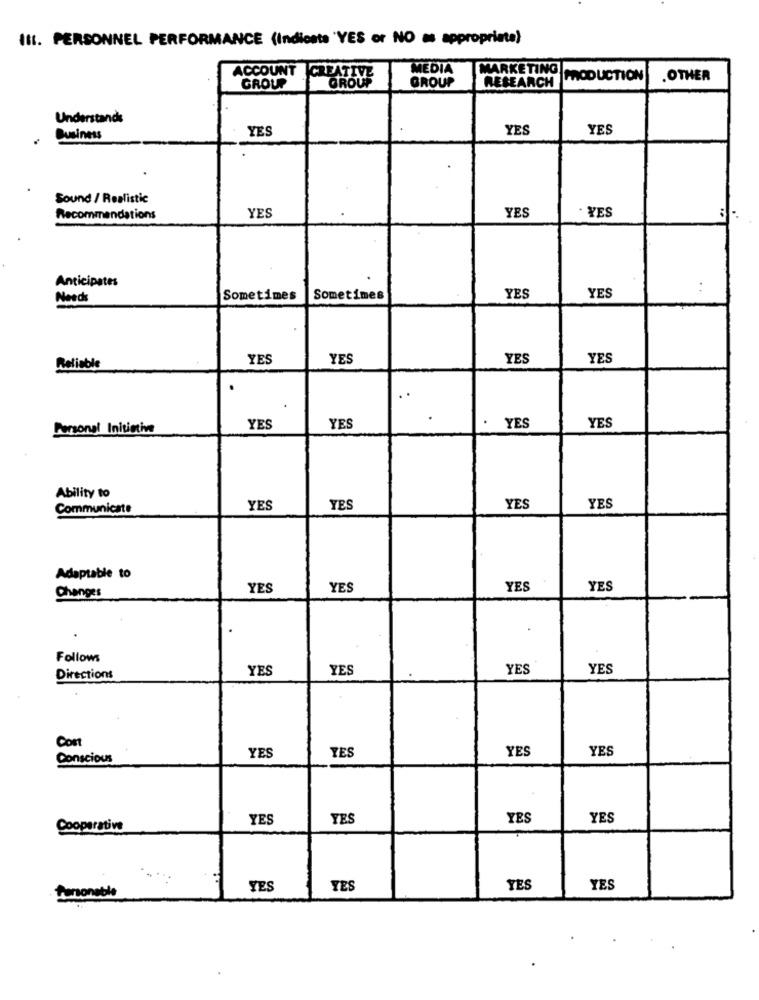
III. PERSONNEL PERFORMANCE (Indienta 'YES or NO as appropriate)
ACCOUNT
MEDIA
MARKETING
GROUP
CREATIVE
GROUP
GROUP
RESEARCH
PRODUCTION
.OTHER
Understands
YES
YES
YES
Business
Sound / Realistic
YES
YES
. YES
Recommendations
Anticipates
. .
Needs
Sometimes
Sometimes
YES
YES
YES
YES
YES
YES
Reliable
Personal Initiative
YES
YES
YES
YES
Ability to
Communicate
YES
YES
YES
YES
Adaptable to
YES
YES
YES
YES
Changes
Follows
YES
YES
YES
YES
Directions
Cont
YES
YES
YES
Conscious
YES
YES
YES
YES
YES
Cooperative
YES
YES
YES
YES
Personable